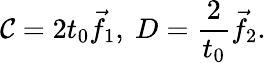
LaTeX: \mathcal{C}=2t_{0}{\vec{{f}}}_{1},\ D={\frac{{2}}{{t_{0}}}}{\vec{{f}}}_{2}.